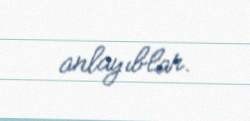
anlayıblar.